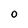
Character: 0